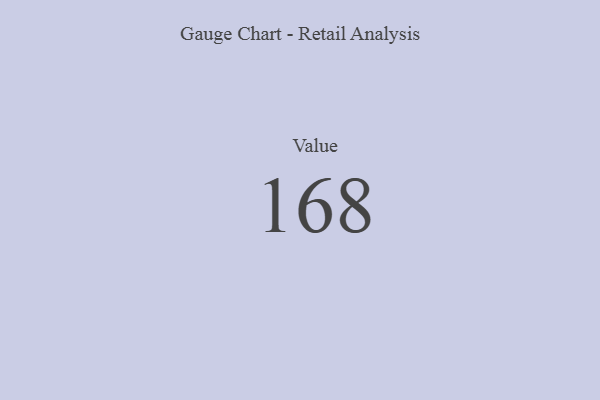
{"axis": {"x": "Metric", "y": "Value"}, "legend": [""], "data": [{"x": "Value", "y": 168, "type": ""}]}